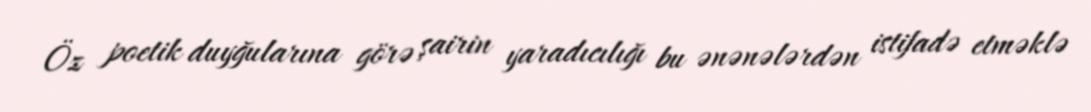
Öz poetik duyğularına görə şairin yaradıcılığı bu ənənələrdən istifadə etməklə